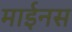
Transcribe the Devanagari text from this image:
माईनस